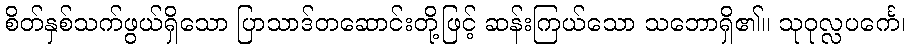
စိတ်နှစ်သက်ဖွယ်ရှိသော ပြာသာဒ်တဆောင်းတို့ဖြင့် ဆန်းကြယ်သော သဘောရှိ၏။ သုဝုလ္လပင်္ကေ၊